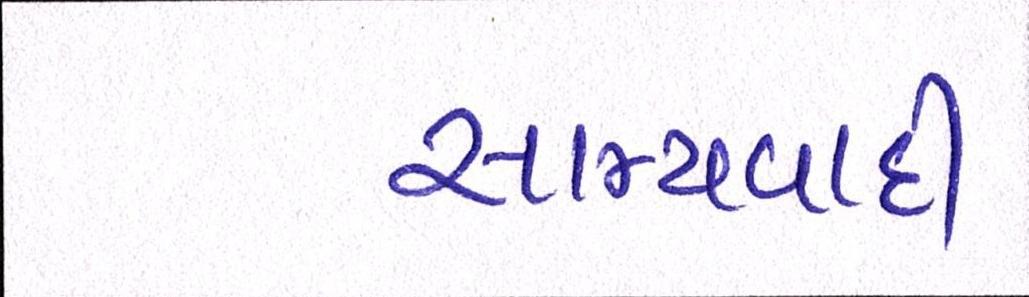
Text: સામ્યવાદી